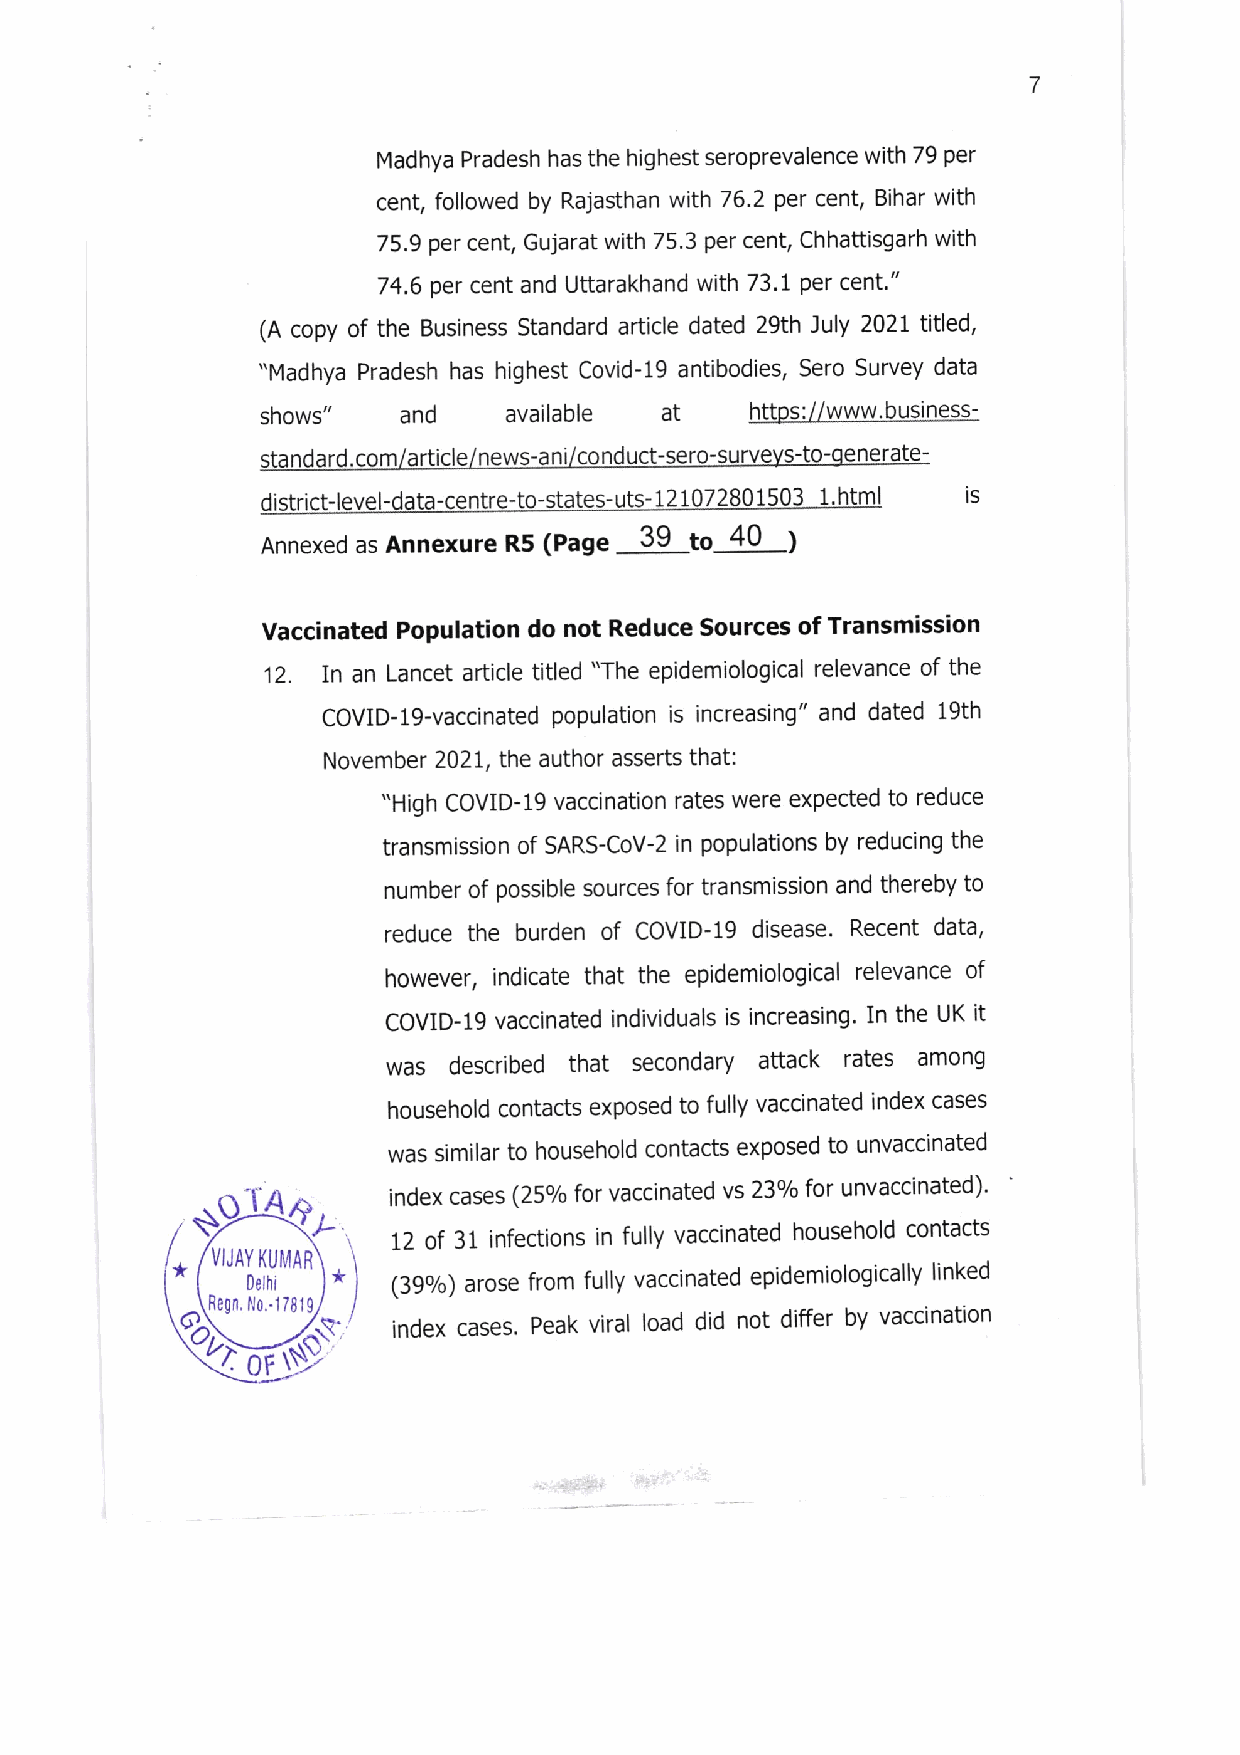
7
 Madhya Pradesh has the highest seroprevalence with 79 per
 cent, followed by Rajasthan with 76.2 per cent, Bihar with
 75.9 per cent, Gujarat with 75.3 per cent, Chhattisgarh with
 74.6 per cent and Uttarakhand with 73.1 per cent."
 (A copy of the Buslness Standard afticle dated 29th July 2021 titled,
 "Madhya Pradesh has highest Covid-19 antibodies, Sero Survey data
 shows"    and    available
 at    htt S: www.busin SS-
 standard.com/article news-ani/conduct-sero-survevs-to-oenerate-
 district-level-data-centre-to-states- uts- 121072801503 1.html IS
 (Page 39  to 40
 Annexed as Annexure R5
 Vaccinated Population do not Reduce Sources of Transmission
 12. In an Lancet article titled "The epldemiological relevance of the
 COVID-l9-vaccinated population is Increasing" and dated 19th
 November 2021, the author asserts that:
 "High COVID-19 vaccination rates were expected to reduce
 transmission of SARS-CoV-2 in populations by reducing the
 number of posslble sources for transmission and thereby to
 reduce the burden of COVID-19 disease' Recent data,
 however, indicate that the epidemiological relevance of
 COVID-1g vaccinated Individuals is increasing. In the UK it
 was described that secondary attack rates among
 household contacts exposed to fully vaccinated index cases
 was similar to household contacts exposed to unvaccinated
 1'        index cases (25o/ofor vaccinated vs23o/o for unvaccinated)'
 )-   12 of 31 infections in fully vaccinated household contacts
 * VIJAY D eK lhU iMAR * (39olo) arose from fully vaccinated epidemiologically linked
 Re0n. N0..17819
 index cases. Peak viral load did not differ by vaccination
 0t